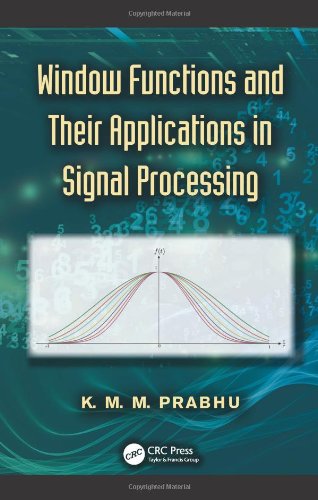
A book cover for Window Functions and Their Applications in Signal Processing; K. M. M. Prabhu; Computers & Technology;